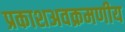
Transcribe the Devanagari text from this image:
प्रकाशअवक्रमणीय